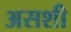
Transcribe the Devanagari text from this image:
असशी